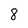
Character: 8